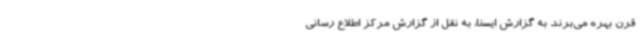
قرن بهره می‌برند به گزارش ایسنا، به نقل از گزارش مرکز اطلاع رسانی